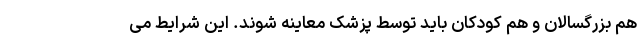
هم بزرگسالان و هم کودکان باید توسط پزشک معاینه شوند. این شرایط می